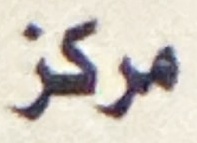
مركز